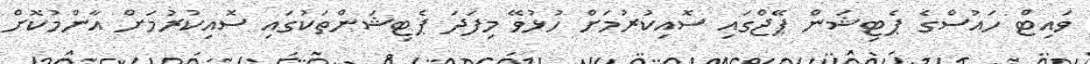
ވައިޓް ހައުސްގެ ޕެޓިޝަން ޕޭޖްގައި ސޮއިކުރުމަށް ހުޅުވޭ މިފަދަ ޕެޓިޝަންތަކުގައި ސޮއިކުރުމަށް އާންމުކޮށް